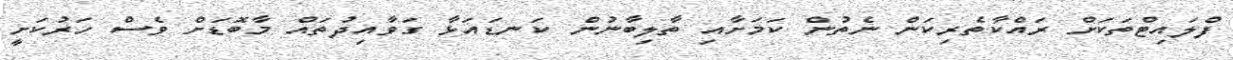
ފްލައިޓްތަކަށް ރައްކާތެރިކަން ނެތުން ކަމަށާއި ތާލިބާނުން ކަނޑައަޅާ ގަވާއިދުތައް މާބޮޑަށް ވެސް ހަރުކަށީ